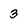
Character: 3